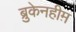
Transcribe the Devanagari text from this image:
ब्रुकेनहीम़